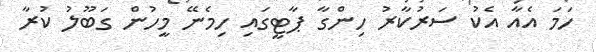
ހަމަ އެއާ އެކު ސަރުކާރު ހިންގާ ޕާޓީގައި ހިމެނޭ މީހުން ގަބޫލު ކުރާ